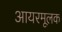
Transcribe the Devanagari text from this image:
आयरमूलक